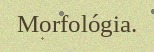
Morfológia.